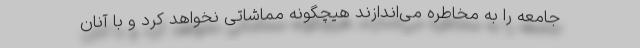
جامعه را به مخاطره می‌اندازند هیچگونه مماشاتی نخواهد کرد و با آنان